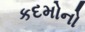
કદમોનો